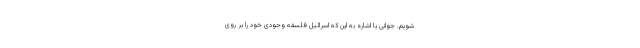
‌شویم. جوانی با اشاره به این که اسرائیل فلسفه وجودی خود را بر روی